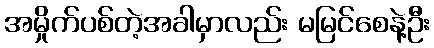
အမှိုက်ပစ်တဲ့အခါမှာလည်း မမြင်စေနဲ့ဦး